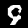
Digit: 9